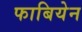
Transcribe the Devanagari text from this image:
फाबियेन